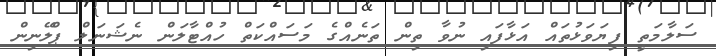
ސަލާމަތީ ފިޔަވަޅުތައް އަޅާފައި ނުވާ ތިން ތަނެއްގެ މަސައްކަތް ހުއްޓާލަން ނެޝަނަލް ޕްލޭނިން